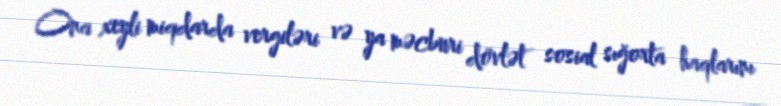
Ona xeyli miqdarda vergiləri və ya məcburi dövlət sosial sığorta haqlarını